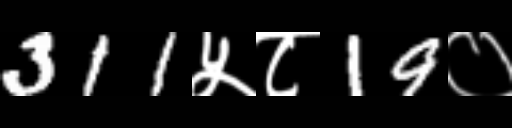
Text: 311५८19०